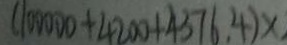
( 1 0 0 0 0 0 + 4 2 0 0 + 4 3 7 6 , 4 ) x